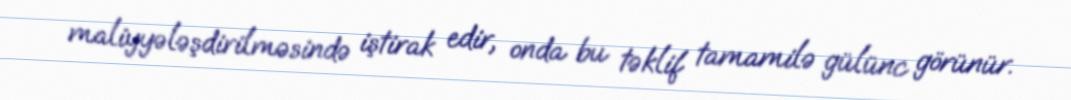
maliyyələşdirilməsində iştirak edir, onda bu təklif tamamilə gülünc görünür.